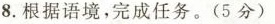
8.根据语境，完成任务。(5分)